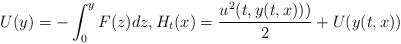
LaTeX: \begin{align*}U(y)=-\int_{0}^{y}F(z)dz,H_{t}(x)=\frac{u^{2}(t,y(t,x)))}{2}+U(y(t,x))\end{align*}